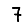
Digit: 7